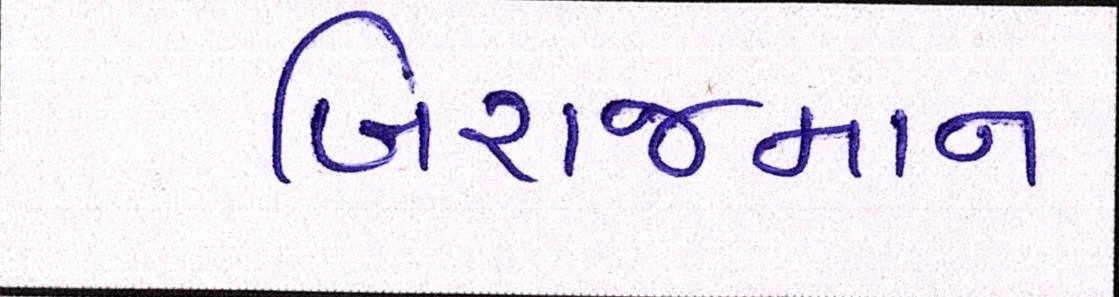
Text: બિરાજમાન